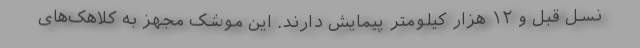
نسل قبل و ۱۲ هزار کیلومتر پیمایش دارند. این موشک مجهز به کلاهک‌های